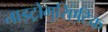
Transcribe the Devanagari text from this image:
नाइट्रोमुरिएटिक